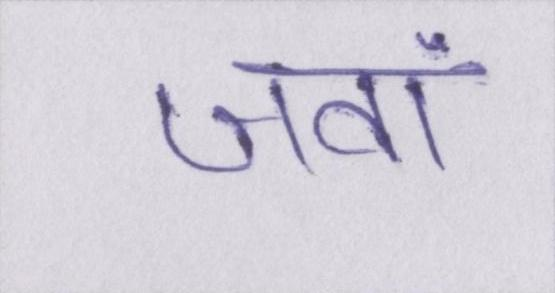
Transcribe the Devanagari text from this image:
जवां